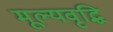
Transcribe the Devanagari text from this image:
मूल्‍यवृद्धि